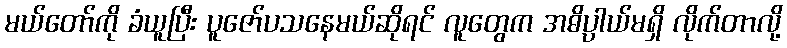
မယ်တော်ကို ခံယူပြီး ပူဇော်ပသနေမယ်ဆိုရင် လူတွေက အဓိပ္ပာယ်မရှိ လိုက်တာလို့